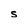
Character: S